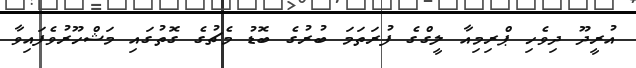
އުރީދޫ ދިވެހި ޕްރިމިއާ ލީގްގެ ފުރަތަމަ ބުރުގެ ބޮޑު މެޗުގެ ގޮތުގައި މަޝްހޫރުވެފައިވާ